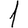
Digit: 1